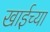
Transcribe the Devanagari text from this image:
खाईच्या